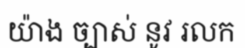
យ៉ាង ច្បាស់ នូវ រលក